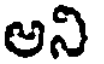
అని